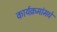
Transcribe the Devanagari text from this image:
कार्यक्रमांमधे